Indian journal of veterinary science and animal husbandry - Volume 12,
Year: 1942
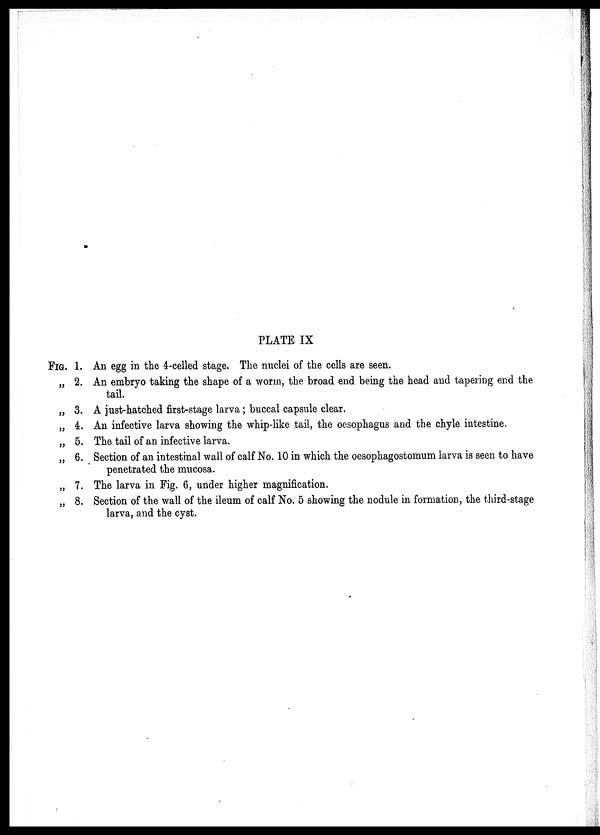
PLATE IX
FIG.
„
„
„
„
„
„
„
1.
2.
3.
4.
5.
6.
7.
8.
An egg in the 4-celled stage. The nuclei of the cells are seen.
An embryo taking the shape of a worm, the broad end being the head and tapering end the
tail.
A just-hatched first-stage larva ; buccal capsule clear.
An infective larva showing the whip-like tail, the oesophagus and the chyle intestine.
The tail of an infective larva.
Section of an intestinal wall of calf No. 10 in which the oesophagostomum larva is seen to have
penetrated the mucosa.
The larva in Fig. 6, under higher magnification.
Section of the wall of the ileum of calf No. 5 showing the nodule in formation, the third-stage
larva, and the cyst.